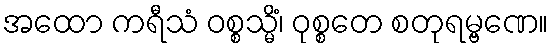
အထော ကရီသံ ဝစ္စသ္မိံ၊ ဝုစ္စတေ စတုရမ္ဗဏေ။